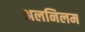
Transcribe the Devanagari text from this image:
अलनिलम